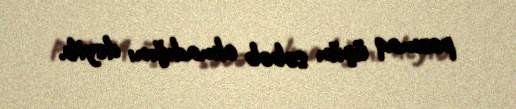
pozmaq üçün səbəb olmadığını deyib.